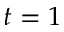
t = 1